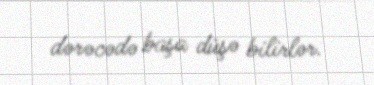
dərəcədə başa düşə bilirlər.